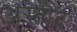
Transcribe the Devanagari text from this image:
अस्तोद